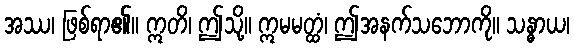
အဿ၊ ဖြစ်ရာ၏။ ဣတိ၊ ဤသို့။ ဣမမတ္ထံ၊ ဤအနက်သဘောကို။ သန္ဓာယ၊